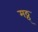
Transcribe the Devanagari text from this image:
मठ्ठ्